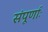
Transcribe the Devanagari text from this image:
संपूर्णाः